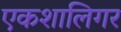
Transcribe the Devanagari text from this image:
एकशालिगर